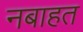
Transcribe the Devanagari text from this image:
नबाहत